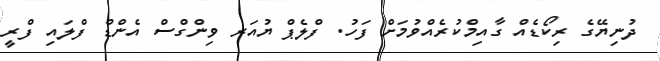
ދުނިޔޭގެ ރިކޯޑެއް ގާއިމްކުރެއްވުމަށް ފަހު. ފްލެޕް ޔުއަރ ވިންގްސް އެންޑް ފްލައި ފްރީ